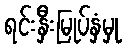
ရင်းနှီးမြုပ်နှံမှု